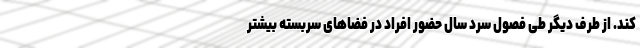
کند. از طرف دیگر طی فصول سرد سال حضور افراد در فضاهای سربسته بیشتر